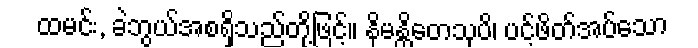
ထမင်း, ခဲဘွယ်အစရှိသည်တို့ဖြင့်။ နိမန္တိတေသုပိ၊ ပင့်ဖိတ်အပ်သော